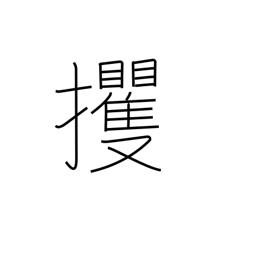
Meaning: abduct